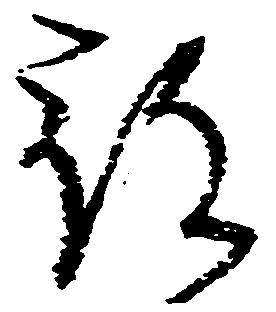
被